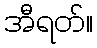
အီရတ်။